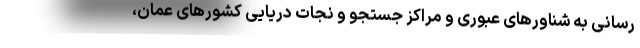
رسانی به شناورهای عبوری و مراکز جستجو و نجات دریایی کشورهای عمان،